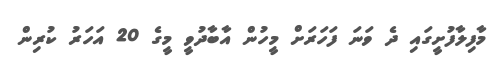
މާފިލާފުށީގައި ދެ ވަނަ ފަހަރަށް މީހުން އާބާދުވީ މީގެ 20 އަހަރު ކުރިން